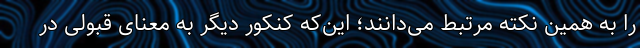
را به همین نکته مرتبط می‌دانند؛ این‌که کنکور دیگر به معنای قبولی در